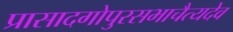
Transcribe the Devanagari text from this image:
प्रासादगोपुरसभाचैत्यदेव